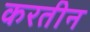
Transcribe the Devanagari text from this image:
करतीन